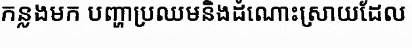
កន្លងមក បញ្ហាប្រឈមនិងដំណោះស្រាយដែល